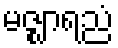
မဇ္ဈာရညံ